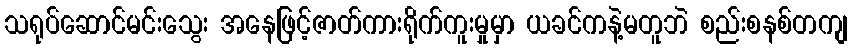
သရုပ်ဆောင်မင်းသွေး အနေဖြင့်ဇာတ်ကားရိုက်ကူးမှုမှာ ယခင်ကနဲ့မတူဘဲ စည်းစနစ်တကျ